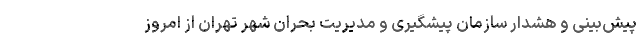
پیش‌بینی و هشدار سازمان پیشگیری و مدیریت بحران شهر تهران از امروز